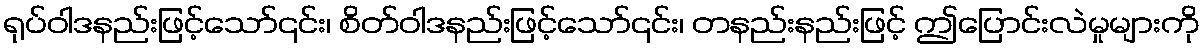
ရုပ်ဝါဒနည်းဖြင့်သော်၎င်း၊ စိတ်ဝါဒနည်းဖြင့်သော်၎င်း၊ တနည်းနည်းဖြင့် ဤပြောင်းလဲမှုများကို